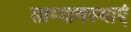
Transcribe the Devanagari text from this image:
साम्यावस्थाएं